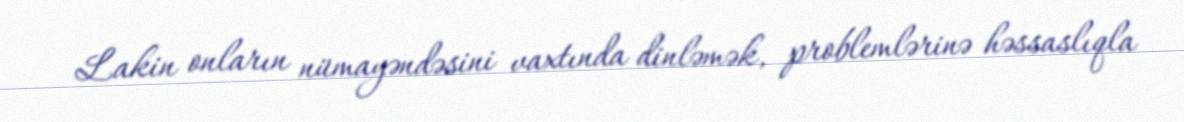
Lakin onların nümayəndəsini vaxtında dinləmək, problemlərinə həssaslıqla